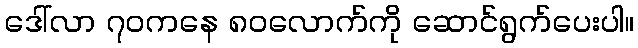
ဒေါ်လာ ၇၀ကနေ ၈၀လောက်ကို ဆောင်ရွက်ပေးပါ။